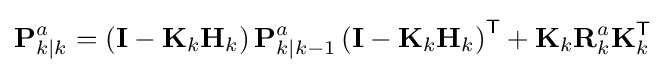
\mathbf {P} _{k\mid k}^{a}=\left(\mathbf {I} -\mathbf {K} _{k}\mathbf {H} _{k}\right)\mathbf {P} _{k\mid k-1}^{a}\left(\mathbf {I} -\mathbf {K} _{k}\mathbf {H} _{k}\right)^{\textsf {T}}+\mathbf {K} _{k}\mathbf {R} _{k}^{a}\mathbf {K} _{k}^{\textsf {T}}